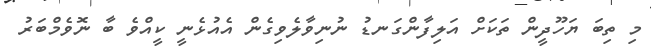
މި ތިބަ ޔަހޫދީން ތަކަށް އަލިފާންގަނޑު ނުނިވާލެވިގެން އެއުޅެނީ ކީއްވެ ބާ ނޮވެމްބަރު